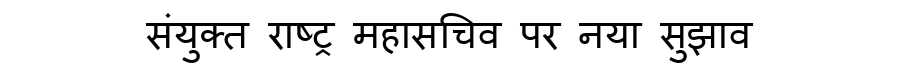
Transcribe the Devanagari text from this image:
संयुक्त राष्ट्र महासचिव पर नया सुझाव